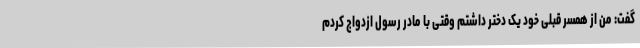
گفت: من از همسر قبلی خود یک دختر داشتم وقتی با مادر رسول ازدواج کردم